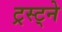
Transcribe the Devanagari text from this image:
ट्रस्ट्ने